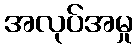
အလုပ်အမှု